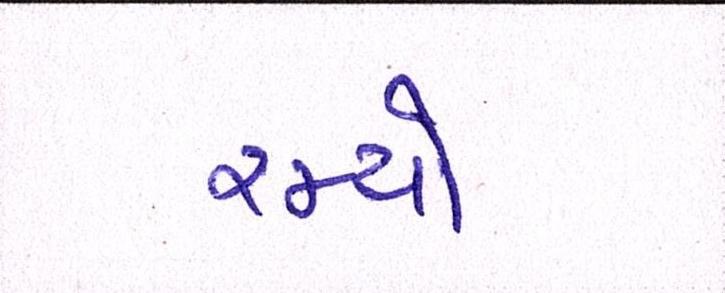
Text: રમ્યો